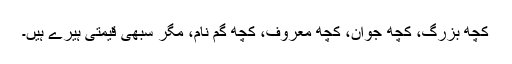
کچھ بزرگ، کچھ جوان، کچھ معروف، کچھ گم نام، مگر سبھی قیمتی ہیرے ہیں۔